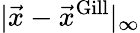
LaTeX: |\vec{x}-\vec{x}^{\mathrm{Gill}}|_{\infty}